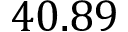
4 0 . 8 9